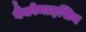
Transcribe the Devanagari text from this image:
वैंकोमाइसिन